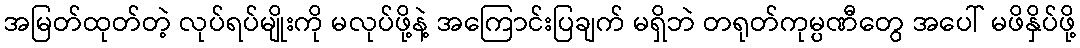
အမြတ်ထုတ်တဲ့ လုပ်ရပ်မျိုးကို မလုပ်ဖို့နဲ့ အကြောင်းပြချက် မရှိဘဲ တရုတ်ကုမ္ပဏီတွေ အပေါ် မဖိနှိပ်ဖို့